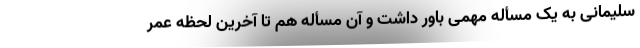
سلیمانی به یک مسأله مهمی باور داشت و آن مسأله هم تا آخرین لحظه عمر